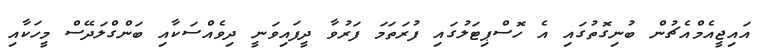
އައިޖީއެމްއެޗުން ބުނިގޮތުގައި އެ ހޮސްޕިޓަލުގައި ފުރަތަމަ ފަރުވާ ދީފައިވަނީ ދިވެއްސަކާއި ބަންގްލަދޭސް މީހަކާއި